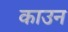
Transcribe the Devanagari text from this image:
काउन